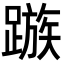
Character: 𨄕